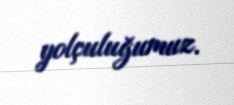
yolçuluğumuz.